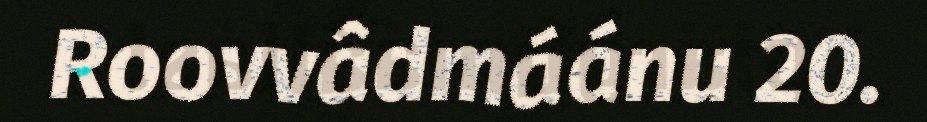
Roovvâdmáánu 20.